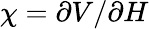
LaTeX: \chi=\partial V/\partial H